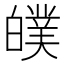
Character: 𤾣